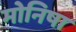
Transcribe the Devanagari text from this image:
मोनिषा